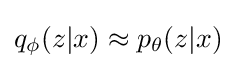
q_{\phi }({z|x})\approx p_{\theta }({z|x})